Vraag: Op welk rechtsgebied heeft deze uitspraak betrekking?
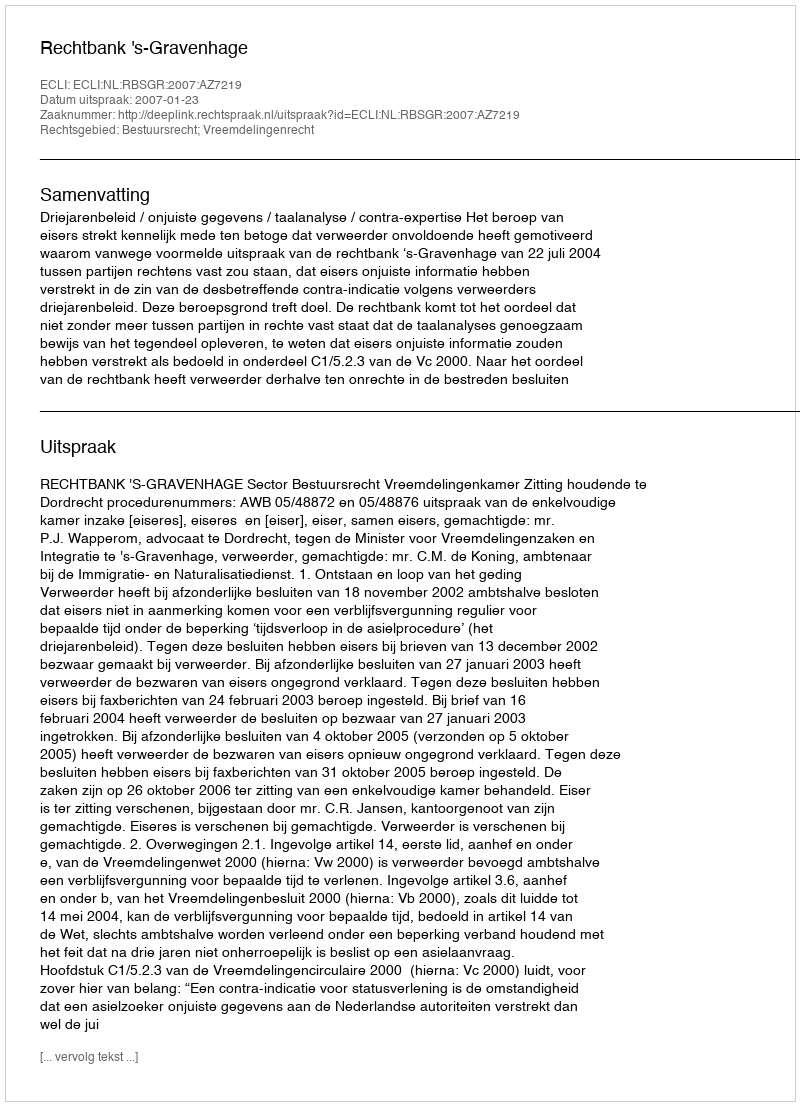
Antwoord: Bestuursrecht; Vreemdelingenrecht